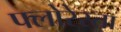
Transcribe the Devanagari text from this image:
फ्लोरेस्ता